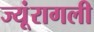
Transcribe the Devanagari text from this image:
ज्यूंरागली